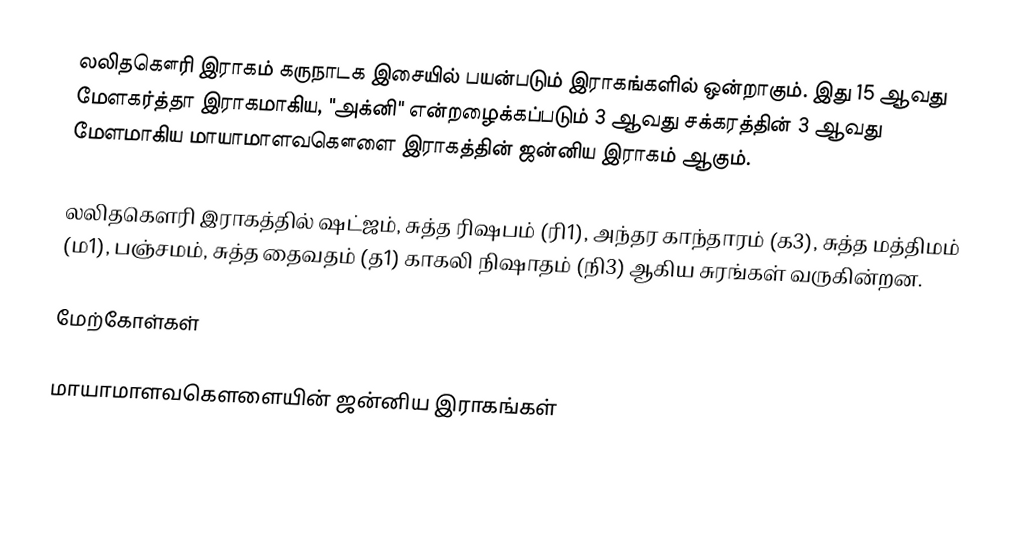
லலிதகௌரி இராகம் கருநாடக இசையில் பயன்படும் இராகங்களில் ஒன்றாகும். இது 15 ஆவது மேளகர்த்தா இராகமாகிய, "அக்னி" என்றழைக்கப்படும் 3 ஆவது சக்கரத்தின் 3 ஆவது மேளமாகிய மாயாமாளவகௌளை இராகத்தின் ஜன்னிய இராகம் ஆகும்.

லலிதகௌரி இராகத்தில் ஷட்ஜம், சுத்த ரிஷபம் (ரி1), அந்தர காந்தாரம் (க3), சுத்த மத்திமம் (ம1), பஞ்சமம், சுத்த தைவதம் (த1) காகலி நிஷாதம் (நி3) ஆகிய சுரங்கள் வருகின்றன.

மேற்கோள்கள்

மாயாமாளவகௌளையின் ஜன்னிய இராகங்கள்